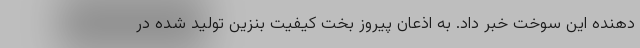
دهنده این سوخت خبر داد. به اذعان پیروز بخت کیفیت بنزین تولید شده در